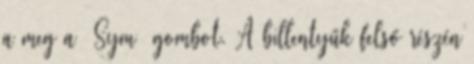
a meg a Sym gombot. A billentyűk felső részén